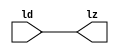
module mgc_io_sync_v2 (ld, lz);
    parameter valid = 0;

    input  ld;
    output lz;

    wire   lz;

    assign lz = ld;

endmodule